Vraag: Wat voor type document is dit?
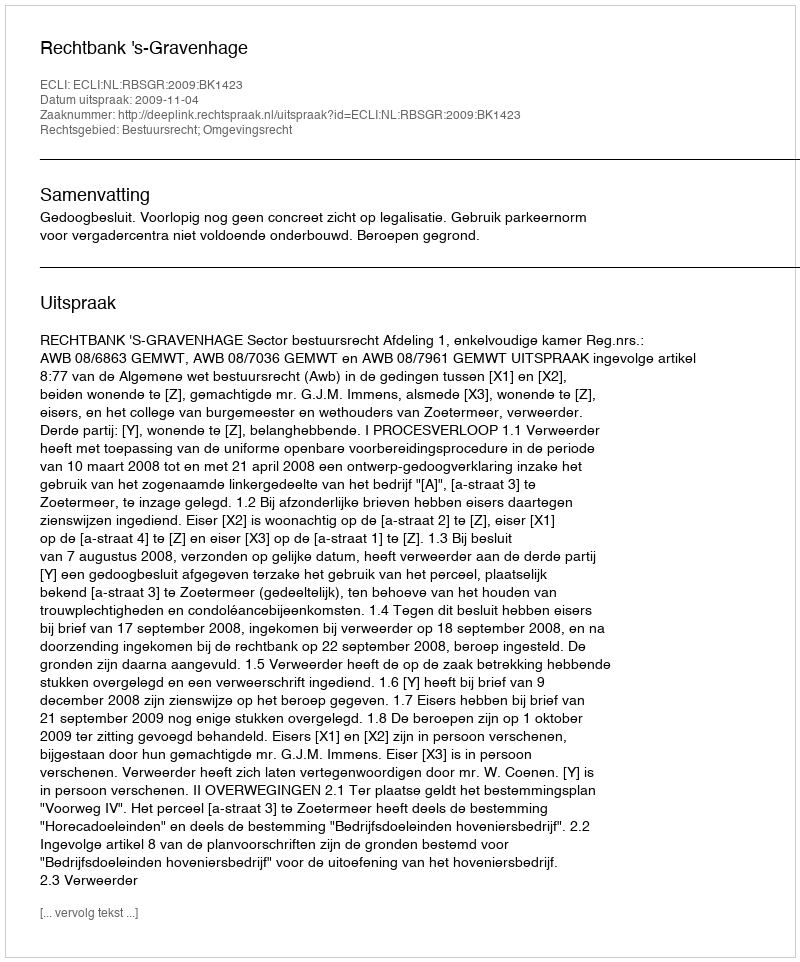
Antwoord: Uitspraak